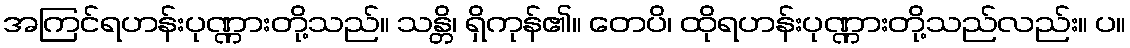
အကြင်ရဟန်းပုဏ္ဏားတို့သည်။ သန္တိ၊ ရှိကုန်၏။ တေပိ၊ ထိုရဟန်းပုဏ္ဏားတို့သည်လည်း။ ပ။